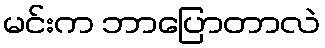
မင်းက ဘာပြောတာလဲ